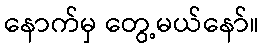
နောက်မှ တွေ့မယ်နော်။